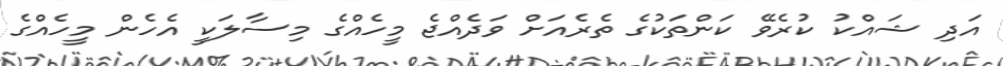
އަދި ޝައްކު ކުރެވޭ ކަންތަކުގެ ތެރެއަށް ވަދެއްޖެ މީހެއްގެ މިސާލަކީ އެހެން މީހެއްގެ